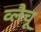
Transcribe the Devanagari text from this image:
व्लैचू